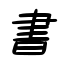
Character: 書